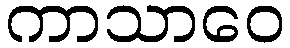
ကာသာဝေ